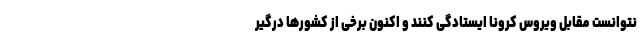
نتوانست مقابل ویروس کرونا ایستادگی کنند و اکنون برخی از کشورها درگیر